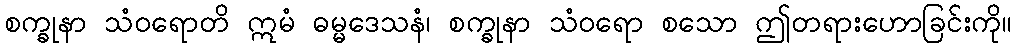
စက္ခုနာ သံဝရောတိ ဣမံ ဓမ္မဒေသနံ၊ စက္ခုနာ သံဝရော စသော ဤတရားဟောခြင်းကို။